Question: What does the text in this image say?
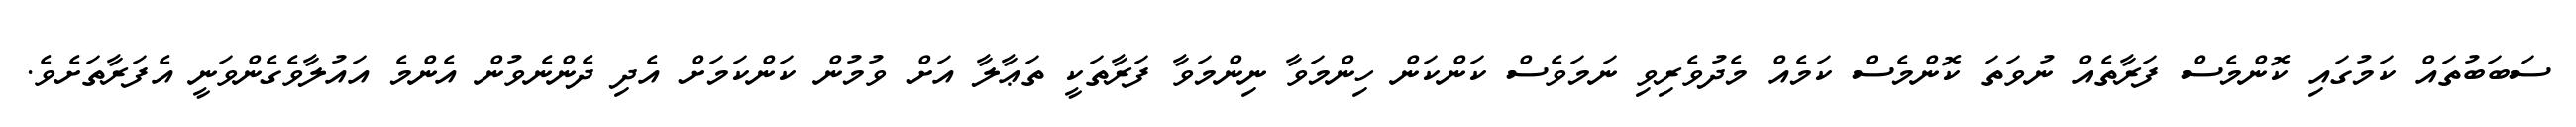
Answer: ސަބަބުތައް ކަމުގައި ކޮންމެސް ފަރާތެއް ނުވަތަ ކޮންމެސް ކަމެއް މެދުވެރިވި ނަމަވެސް ކަންކަން ހިންމަވާ ނިންމަވާ ފަރާތަކީ ތަޢާލާ އަށް ވުމުން ކަންކަމަށް އެދި ދެންނެވުން އެންމެ އައުލާވެގެންވަނީ އެފަރާތަށެވެ.